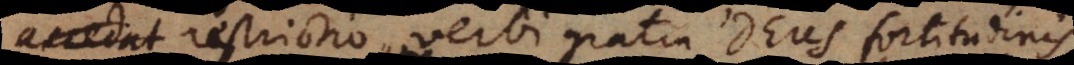
accedat restrictio, verbi gratia Deus fortitudinis